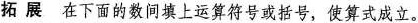
拓展 在下面的数间填上运算符号或括号，使算式成立。